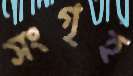
সংগৃহ